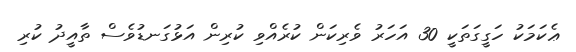
ޢެކަމަކު ހަގީގަތަކީ 30 އަހަރު ވެރިކަން ކުރެއްވި ކުރިން އަޅުގަނޑުވެސް ތާއީދު ކުރި